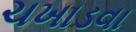
ચખાડવા